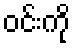
ဝင်းကို